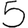
Digit: 5